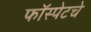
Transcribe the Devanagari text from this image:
फॉस्पेटचे